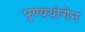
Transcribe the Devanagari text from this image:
पुण्ययोगेन